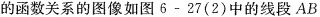
的函数关系的图像如图6-27(2)中的线段AB